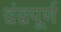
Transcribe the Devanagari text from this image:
द्वंद्वपूर्ण